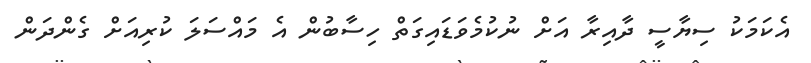
އެކަމަކު ސިޔާސީ ދާއިރާ އަށް ނުކުމެވަޑައިގަތް ހިސާބުން އެ މައްސަލަ ކުރިއަށް ގެންދަން